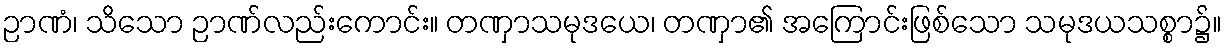
ဉာဏံ၊ သိသော ဉာဏ်လည်းကောင်း။ တဏှာသမုဒယေ၊ တဏှာ၏ အကြောင်းဖြစ်သော သမုဒယသစ္စာ၌။